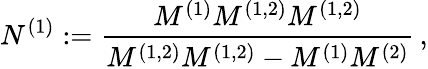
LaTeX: N^{(1)}:=\frac{M^{(1)}M^{(1,2)}M^{(1,2)}}{M^{(1,2)}M^{(1,2)}-M^{(1)}M^{(2)}}\, ,